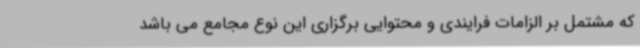
که مشتمل بر الزامات فرایندی و محتوایی برگزاری این نوع مجامع می باشد